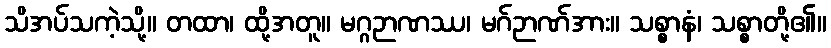
သိအပ်သကဲ့သို့။ တထာ၊ ထို့အတူ။ မဂ္ဂဉာဏဿ၊ မဂ်ဉာဏ်အား။ သစ္စာနံ၊ သစ္စာတို့၏။